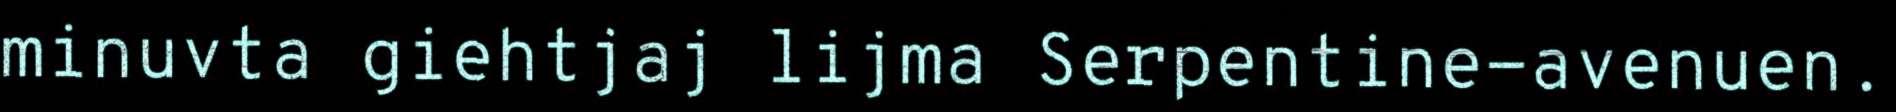
minuvta giehtjaj lijma Serpentine-avenuen.